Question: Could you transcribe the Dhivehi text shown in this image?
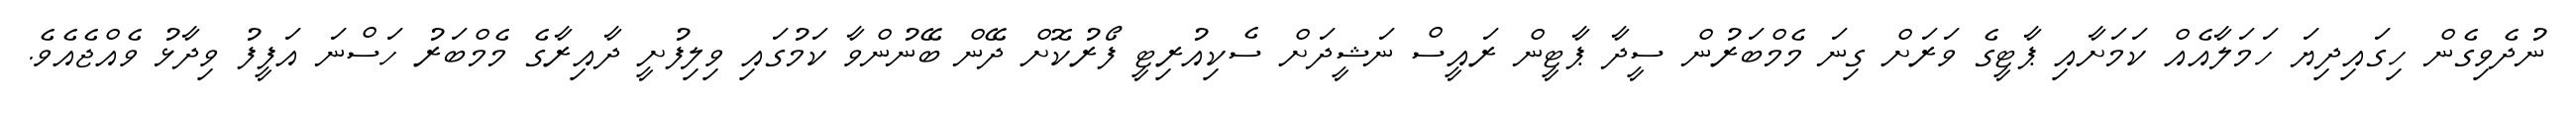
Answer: ނުދެވިގެން ހިގައިދިޔަ ހަމަލާއެއް ކަމަށާއި ޕާޓީގެ ވަރަށް ގިނަ މެމްބަރުން ސީދާ ޕާޓީން ރައީސް ނަޝީދަށް ސެކިއުރިޓީ ފޯރުކޮށް ދޭން ބޭނުންވާ ކަމުގައި ވިލިފުށީ ދާއިރާގެ މެމްބަރު ހަސްނަ އަފީފު ވިދާޅު ވެއްޖެއެވެ.